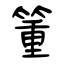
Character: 箽